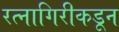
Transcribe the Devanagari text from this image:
रत्नागिरीकडून